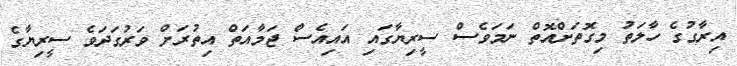
އިރާގުގެ ހާލަތު މިގޮތަށްއޮތް ނަމަވެސް ސީރިޔާގައި އައިއެސް ޖަމާއަތް އިތުރަށް ވަރުގަދަވެ ސީރިޔާގެ